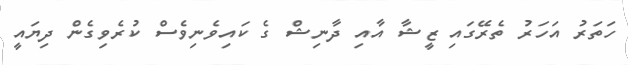
ހަތަރު އަހަރު ތެރޭގައި ޒީޝާ އާއި ދާނިޝް ގެ ކައިވެނިވެސް ކުރެވިގެން ދިޔައީ